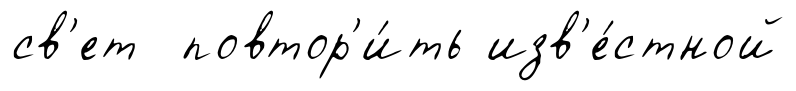
св'ет повтор'и́ть изв'е́стной